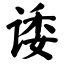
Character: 诿